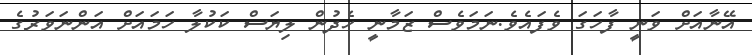
އޭނާއަށް ވަނީ ފާހަގަ ވެފައެވެ.ނަމަވެސް ޒަމާނީ ހެދުން ލިޔަސް ކަކުލާ ހަމައަށް އަންނަވަރުގެ